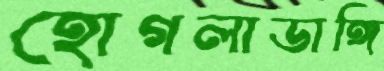
হোগলাডাঙ্গি